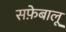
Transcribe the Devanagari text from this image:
सफ़ेबालू